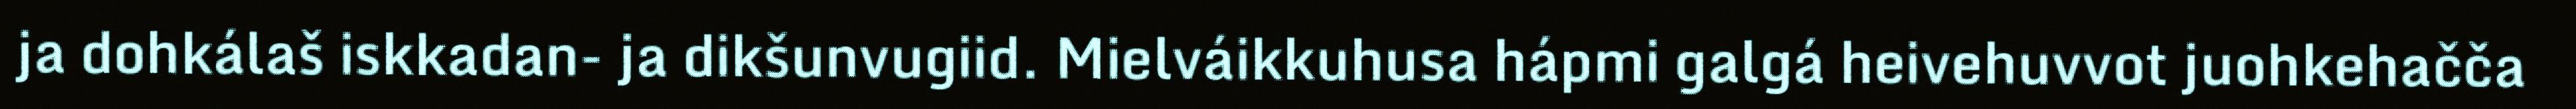
ja dohkálaš iskkadan- ja dikšunvugiid. Mielváikkuhusa hápmi galgá heivehuvvot juohkehačča